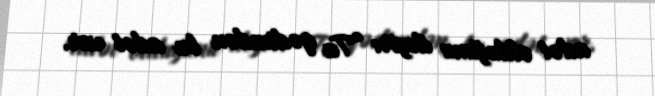
adət olduğunu deyir: “Ta qədimdən bu adət var.